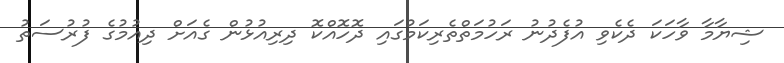
ޝިޔާމާ ވާހަކަ ދެކެވި އުފެދުނު ރަހުމަތްތެރިކަމުގައި ދޮހޮއްކޮ ދިރިއުޅުން ގެއަށް ދިއުމުގެ ފުރުސަތު